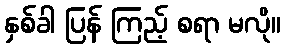
နှစ်ခါ ပြန် ကြည့် စရာ မလို။